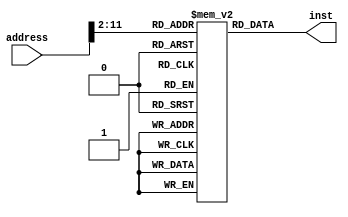
`timescale 1ns / 1ps
//////////////////////////////////////////////////////////////////////////////////
// Company: 
// Engineer: 
// 
// Design Name: 
// Module Name: InstMemory
// Project Name: 
// Target Devices: 
// Tool Versions: 
// Description: 
// 
// Dependencies: 
// 
// Revision:
// Revision 0.01 - File Created
// Additional Comments:
// 
//////////////////////////////////////////////////////////////////////////////////


module InstMemory(
        input[31:0] address,
        output[31:0] inst
    );

    reg [31:0] instFile[0:1023];
    
    assign inst = instFile[address>>2];
endmodule